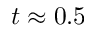
t \approx 0 . 5